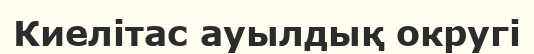
Киелітас ауылдық округі